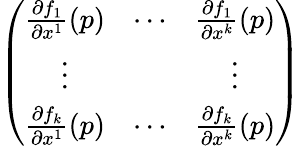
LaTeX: \left(\begin{array}{ccc}{\frac{\partial f_{1}}{\partial x^{1}}(p)}&{\cdots}&{\frac{\partial f_{1}}{\partial x^{k}}(p)}\\ {\vdots}&&{\vdots}\\ {\frac{\partial f_{k}}{\partial x^{1}}(p)}&{\cdots}&{\frac{\partial f_{k}}{\partial x^{k}}(p)}\end{array}\right)